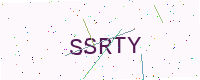
Text: SSRTY